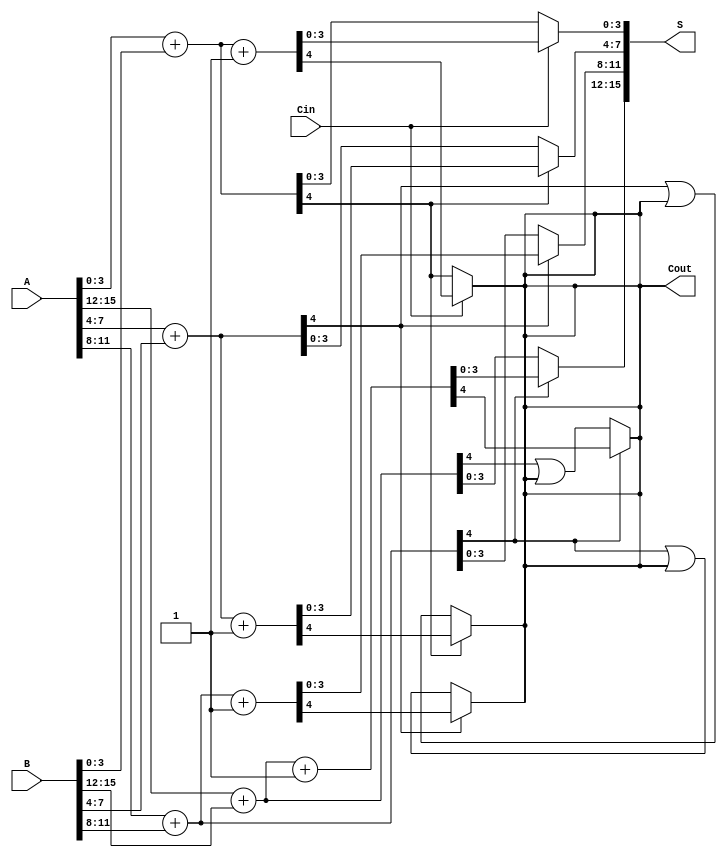
module carry_select_adder #(parameter n = 16) (
    input [n-1:0] A,
    input [n-1:0] B,
    input Cin,
    output [n-1:0] S,
    output Cout
);
    localparam SEGMENT_SIZE = 4;
    localparam NUM_SEGMENTS = n / SEGMENT_SIZE;

    wire [SEGMENT_SIZE-1:0] S0 [0:NUM_SEGMENTS-1];
    wire [SEGMENT_SIZE-1:0] S1 [0:NUM_SEGMENTS-1];
    wire C0 [0:NUM_SEGMENTS-1];
    wire C1 [0:NUM_SEGMENTS-1];
    wire C_select [0:NUM_SEGMENTS-1];

    // Generate carry select for each segment
    genvar i;
    generate
        for (i = 0; i < NUM_SEGMENTS; i = i + 1) begin : segment
            wire [SEGMENT_SIZE-1:0] A_seg = A[(i+1)*SEGMENT_SIZE-1:i*SEGMENT_SIZE];
            wire [SEGMENT_SIZE-1:0] B_seg = B[(i+1)*SEGMENT_SIZE-1:i*SEGMENT_SIZE];

            // Compute sums and carries for Cin = 0
            assign {C0[i], S0[i]} = A_seg + B_seg;

            // Compute sums and carries for Cin = 1
            assign {C1[i], S1[i]} = A_seg + B_seg + 1'b1;

            // Select carry based on previous carry
            if (i == 0) begin
                assign C_select[i] = Cin;
            end else begin
                assign C_select[i] = C0[i-1];
            end
        end
    endgenerate

    // Final sum and carry selection
    generate
        for (i = 0; i < NUM_SEGMENTS; i = i + 1) begin : final_select
            assign S[(i+1)*SEGMENT_SIZE-1:i*SEGMENT_SIZE] = 
                C_select[i] ? S1[i] : S0[i];

            if (i == 0) begin
                assign Cout = C_select[i] ? C1[i] : C0[i];
            end else begin
                assign Cout = C_select[i] ? C1[i] : (C0[i] | Cout);
            end
        end
    endgenerate

endmodule